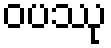
ဝပဿု